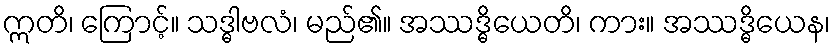
ဣတိ၊ ကြောင့်။ သဒ္ဓါဗလံ၊ မည်၏။ အဿဒ္ဓိယေတိ၊ ကား။ အဿဒ္ဓိယေန၊